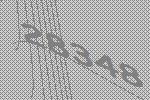
28348